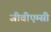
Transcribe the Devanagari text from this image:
जीवीएम्सी